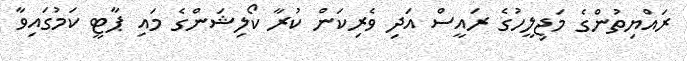
ރައްޔިތުންގެ މަޖިލީހުގެ ރައީސް އަދި ވެރިކަން ކުރާ ކޯލިޝަންގެ މައި ޕާޓީ ކަމުގައިވާ